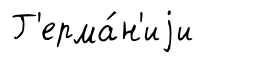
Г'ерма́н'иjи